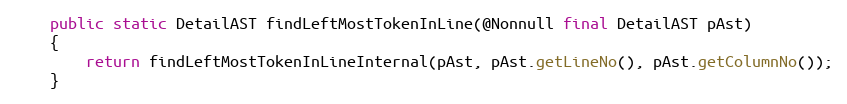
Language: Java
    public static DetailAST findLeftMostTokenInLine(@Nonnull final DetailAST pAst)
    {
        return findLeftMostTokenInLineInternal(pAst, pAst.getLineNo(), pAst.getColumnNo());
    }